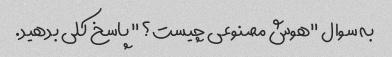
به سوال "هوش مصنوعی چیست؟" پاسخ کلی بدهید.